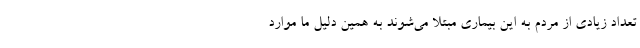
تعداد زیادی از مردم به این بیماری مبتلا می‌شوند به همین دلیل ما موارد